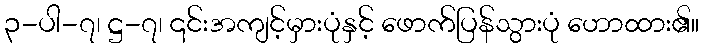
၃-ပါ-၇၊ ဋ္ဌ-၇၊ ၎င်းအကျင့်မှားပုံနှင့် ဖောက်ပြန်သွားပုံ ဟောထား၏။